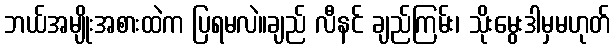
ဘယ်အမျိုးအစားထဲက ပြရမလဲ။ချည် လီနင် ချည်ကြမ်း၊ သိုးမွေးဒါမှမဟုတ်